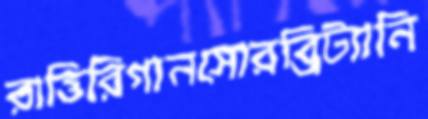
রাত্তিরিগানসোরব্রিট্যানি